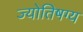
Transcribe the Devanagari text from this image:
ज्योतिषग्य